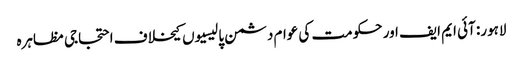
لاہور: آئی ایم ایف اور حکومت کی عوام دشمن پالیسیوں کیخلاف احتجاجی مظاہرہ